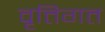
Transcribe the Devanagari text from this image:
वृत्तिगत